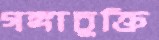
গঙ্গাচুক্তি